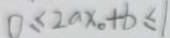
0 \leq 2 a x _ { 0 } + b \leq 1